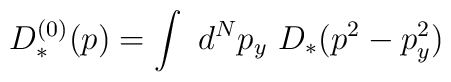
D_*^{(0)}(p) = \int~d^N p_y ~D_* (p^2 - p_y^2)